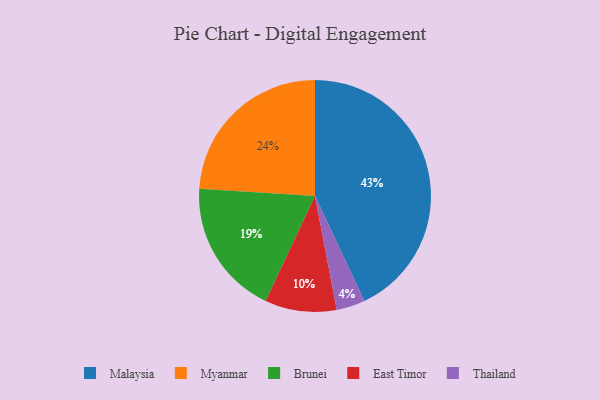
{"axis": {"x": "Category", "y": "Percentage"}, "legend": ["Brunei", "East Timor", "Malaysia", "Myanmar", "Thailand"], "data": [{"x": "East Timor", "y": 10, "type": "East Timor"}, {"x": "Brunei", "y": 19, "type": "Brunei"}, {"x": "Malaysia", "y": 43, "type": "Malaysia"}, {"x": "Thailand", "y": 4, "type": "Thailand"}, {"x": "Myanmar", "y": 24, "type": "Myanmar"}]}